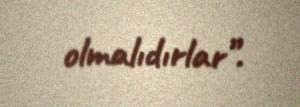
olmalıdırlar”.